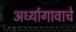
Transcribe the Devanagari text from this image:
अर्ध्यागावाचे